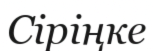
Сіріңке